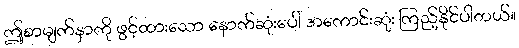
ဤစာမျက်နှာကို ဖွင့်ထားသော နောက်ဆုံးပေါ် အကောင်းဆုံး ကြည့်နိုင်ပါတယ်။